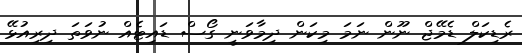
ރެޑިކަލް ޑެމޭޖް ނޫން ނަމަ މިކަން ދިމާވަނީ ގޯސް ޑައިޓެއް ނުވަތަ ދިރިއުޅޭ